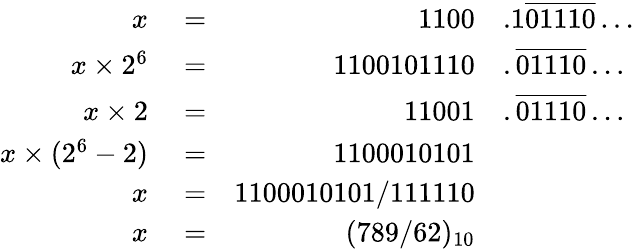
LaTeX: \begin{array}{rlrl}{x}&{{}=}&{1100}&{{}.1{\overline{{01110}}}\ldots}\\ {x\times 2^{6}}&{{}=}&{1100101110}&{{}.{\overline{{01110}}}\ldots}\\ {x\times 2}&{{}=}&{11001}&{{}.{\overline{{01110}}}\ldots}\\ {x\times(2^{6}-2)}&{{}=}&{1100010101}\\ {x}&{{}=}&{1100010101/111110}\\ {x}&{{}=}&{(789/62)_{10}}\end{array}